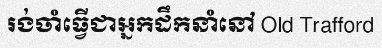
រង់ចាំធ្វើជាអ្នកដឹកនាំនៅ Old Trafford